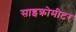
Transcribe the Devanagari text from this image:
साइक्रोमीटर